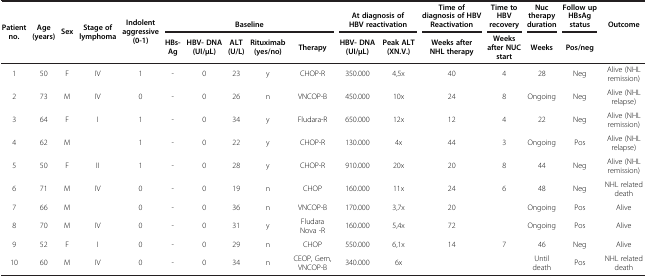
<table><thead><tr><td rowspan="2"><b>Patient no.</b></td><td rowspan="2"><b>Age (years)</b></td><td rowspan="2"><b>Sex</b></td><td rowspan="2"><b>Stage of lymphoma</b></td><td rowspan="2"><b>Indolent aggressive (0-1)</b></td><td colspan="5"><b>Baseline</b></td><td colspan="2"><b>At diagnosis of HBV reactivation</b></td><td><b>Time of diagnosis of HBV Reactivation</b></td><td><b>Time to HBV recovery</b></td><td><b>Nuc therapy duration</b></td><td><b>Follow up HBsAg status</b></td><td><b>Outcome</b></td></tr><tr><td><b>HBs-Ag</b></td><td><b>HBV- DNA (UI/μL)</b></td><td><b>ALT (U/L)</b></td><td><b>Rituximab (yes/no)</b></td><td><b>Therapy</b></td><td><b>HBV- DNA (UI/μL)</b></td><td><b>Peak ALT (XN.V.)</b></td><td><b>Weeks after NHL therapy</b></td><td><b>Weeks after NUC start</b></td><td><b>Weeks</b></td><td><b>Pos/neg</b></td><td><b> </b></td></tr></thead><tbody><tr><td>1</td><td>50</td><td>F</td><td>IV</td><td>1</td><td>-</td><td>0</td><td>23</td><td>y</td><td>CHOP-R</td><td>350.000</td><td>4,5x</td><td>40</td><td>4</td><td>28</td><td>Neg</td><td>Alive (NHL remission)</td></tr><tr><td>2</td><td>73</td><td>M</td><td>IV</td><td>0</td><td>-</td><td>0</td><td>26</td><td>n</td><td>VNCOP-B</td><td>450.000</td><td>10x</td><td>24</td><td>8</td><td>Ongoing</td><td>Neg</td><td>Alive (NHL relapse)</td></tr><tr><td>3</td><td>64</td><td>F</td><td>I</td><td>1</td><td>-</td><td>0</td><td>34</td><td>y</td><td>Fludara-R</td><td>650.000</td><td>12x</td><td>12</td><td>4</td><td>22</td><td>Neg</td><td>Alive (NHL remission)</td></tr><tr><td>4</td><td>62</td><td>M</td><td> </td><td>1</td><td>-</td><td>0</td><td>22</td><td>y</td><td>CHOP-R</td><td>130.000</td><td>4x</td><td>44</td><td>3</td><td>Ongoing</td><td>Pos</td><td>Alive (NHL relapse)</td></tr><tr><td>5</td><td>50</td><td>F</td><td>II</td><td>1</td><td>-</td><td>0</td><td>28</td><td>y</td><td>CHOP-R</td><td>910.000</td><td>20x</td><td>20</td><td>8</td><td>44</td><td>Neg</td><td>Alive (NHL remission)</td></tr><tr><td>6</td><td>71</td><td>M</td><td>IV</td><td>0</td><td>-</td><td>0</td><td>19</td><td>n</td><td>CHOP</td><td>160.000</td><td>11x</td><td>24</td><td>6</td><td>48</td><td>Neg</td><td>NHL related death</td></tr><tr><td>7</td><td>66</td><td>M</td><td> </td><td>0</td><td>-</td><td>0</td><td>36</td><td>n</td><td>VNCOP-B</td><td>170.000</td><td>3,7x</td><td>20</td><td> </td><td>Ongoing</td><td>Pos</td><td>Alive</td></tr><tr><td>8</td><td>70</td><td>M</td><td>IV</td><td>0</td><td>-</td><td>0</td><td>31</td><td>y</td><td>Fludara Nova -R</td><td>160.000</td><td>5,4x</td><td>72</td><td> </td><td>Ongoing</td><td>Pos</td><td>Alive</td></tr><tr><td>9</td><td>52</td><td>F</td><td>I</td><td>0</td><td>-</td><td>0</td><td>29</td><td>n</td><td>CHOP</td><td>550.000</td><td>6,1x</td><td>14</td><td>7</td><td>46</td><td>Neg</td><td>Alive</td></tr><tr><td>10</td><td>60</td><td>M</td><td>IV</td><td>0</td><td>-</td><td>0</td><td>34</td><td>n</td><td>CEOP, Gem, VNCOP-B</td><td>340.000</td><td>6x</td><td> </td><td> </td><td>Until death</td><td>Pos</td><td>NHL related death</td></tr></tbody></table>